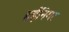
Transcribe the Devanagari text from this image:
हईनिगर